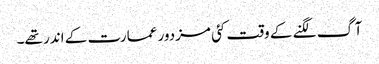
آگ لگنے کے وقت کئی مزدور عمارت کے اندر تھے۔